Problem: 3 + 4 = ?
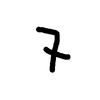
Handwritten answer: 7